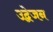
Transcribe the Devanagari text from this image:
उद्वेजन